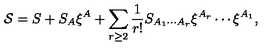
{ \cal S } = S + S _ { A } \xi ^ { A } + \sum _ { r \geq 2 } \frac 1 { r ! } S _ { A _ { 1 } \cdots A _ { r } } \xi ^ { A _ { r } } \cdots \xi ^ { A _ { 1 } } ,